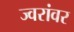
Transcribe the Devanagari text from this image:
ज्वरांवर